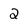
Character: 2